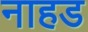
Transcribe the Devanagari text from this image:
नाहड